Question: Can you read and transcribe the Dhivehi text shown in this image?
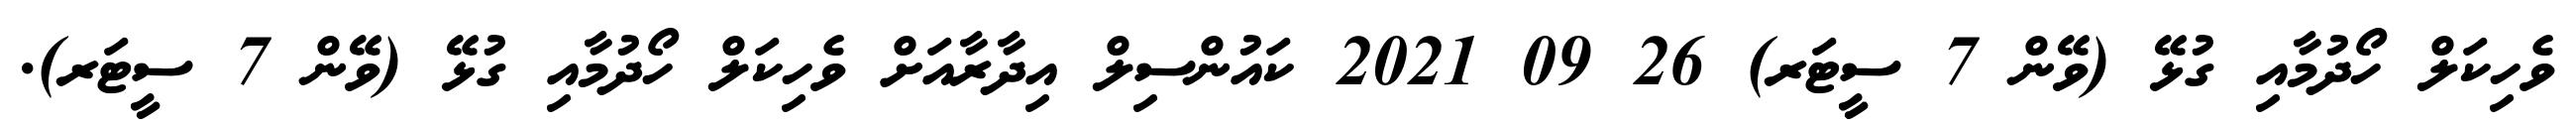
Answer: ވެހިކަލް ހޯދުމާއި ގުޅޭ (ވޭން 7 ސީޓަރ) 26 09 2021 ކައުންސިލް އިދާރާއަށް ވެހިކަލް ހޯދުމާއި ގުޅޭ (ވޭން 7 ސީޓަރ).